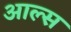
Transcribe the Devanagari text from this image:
आल्स